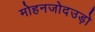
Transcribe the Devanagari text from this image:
मोहनजोदउड़ो